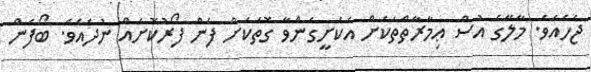
ޖެހެއެވެ. މާލޭގެ އުސް ޢިމާރާތްތަކަށް އެކަށީގެންވާ ގޮތަކަށް ފެން ފޯރުކޮށެއް ނުދެއެވެ. ބޯފެން